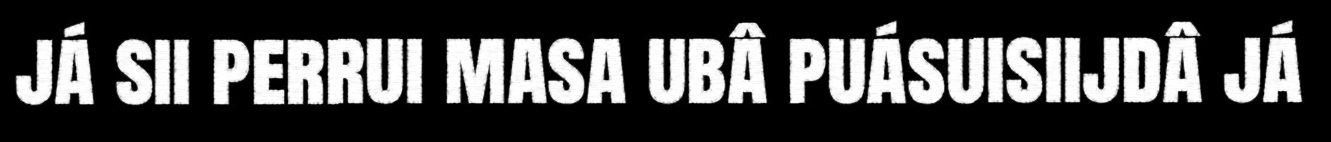
já sii perrui masa ubâ puásuisiijdâ já